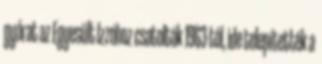
gyárat az Egyesült Izzóhoz csatolták 1963-tól, ide telepítették a